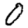
Digit: 0